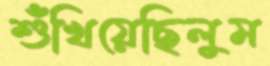
শুঁখিয়েছিলুম